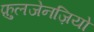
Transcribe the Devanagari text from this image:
फ़ुलजेनज़ियो